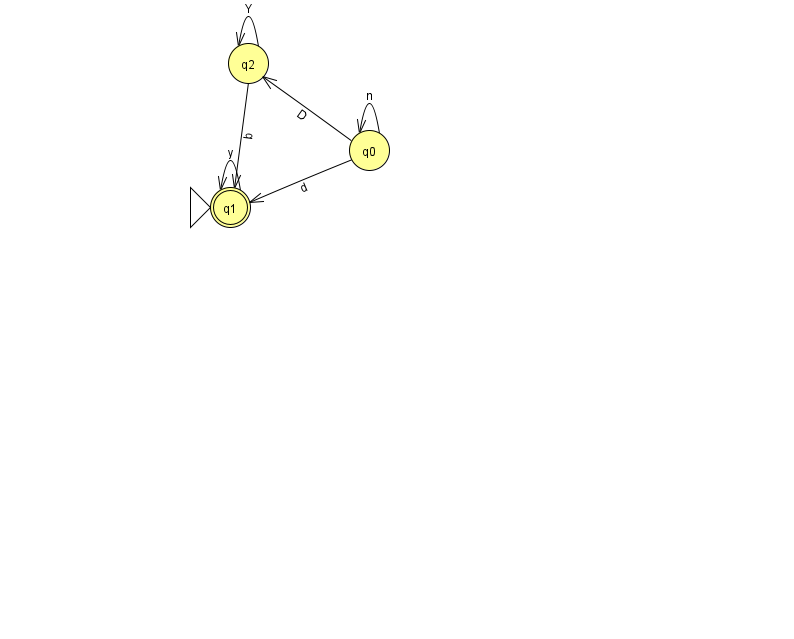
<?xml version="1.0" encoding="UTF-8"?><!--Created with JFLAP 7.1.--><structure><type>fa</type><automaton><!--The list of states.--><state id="0" name="q0"><x>369.0</x><y>137.0</y></state><state id="1" name="q1"><x>230.0</x><y>194.0</y><initial/><final/></state><state id="2" name="q2"><x>248.0</x><y>50.0</y></state><!--The list of transitions.--><transition><from>2</from><to>1</to><read>b</read></transition><transition><from>0</from><to>2</to><read>D</read></transition><transition><from>1</from><to>1</to><read>y</read></transition><transition><from>2</from><to>2</to><read>Y</read></transition><transition><from>0</from><to>1</to><read>d</read></transition><transition><from>0</from><to>0</to><read>n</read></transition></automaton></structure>